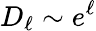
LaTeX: D_{\ell}\sim e^{\ell}